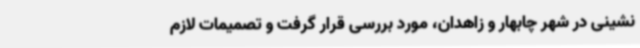
نشینی در شهر چابهار و زاهدان، مورد بررسی قرار گرفت و تصمیمات لازم